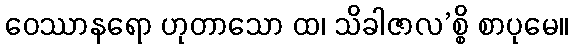
ဝေဿာနရော ဟုတာသော ထ၊ သိခါဇာလ’စ္စိ စာပုမေ။